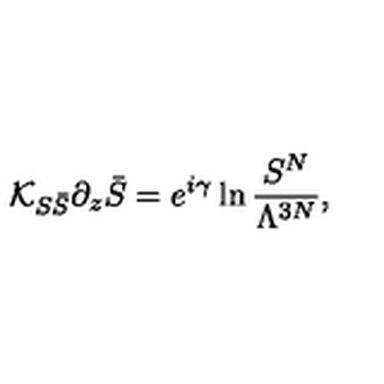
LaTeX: { \cal K } _ { S \bar { S } } \partial _ { z } \bar { S } = e ^ { i \gamma } \ln \frac { S ^ { N } } { \Lambda ^ { 3 N } } ,